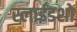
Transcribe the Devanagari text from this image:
स्लाईडशो